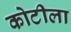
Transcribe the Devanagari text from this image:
कोटीला